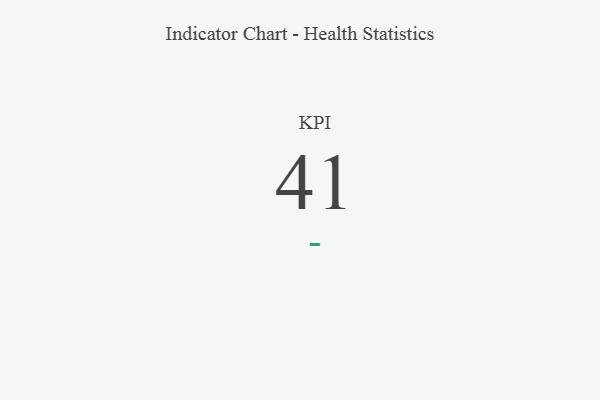
{"axis": {"x": "KPI", "y": "Value"}, "legend": [""], "data": [{"x": "KPI", "y": 41, "type": ""}]}